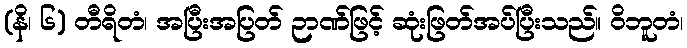
(နိ၊ ၆) တီရိတံ၊ အပြီးအပြတ် ဉာဏ်ဖြင့် ဆုံးဖြတ်အပ်ပြီးသည်။ ဝိဘူတံ၊